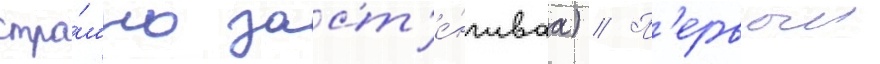
стра́шно заст'е́нчиваа) // П'ервыи